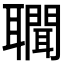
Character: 𦘁